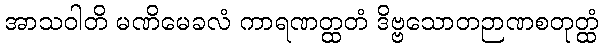
အာသဝါတိ မဏိမေခလံ ကာရဏတ္ထတံ ဒိဗ္ဗသောတဉာဏစတုတ္ထံ